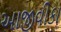
આજીવીકા